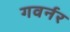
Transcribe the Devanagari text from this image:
गवर्नर